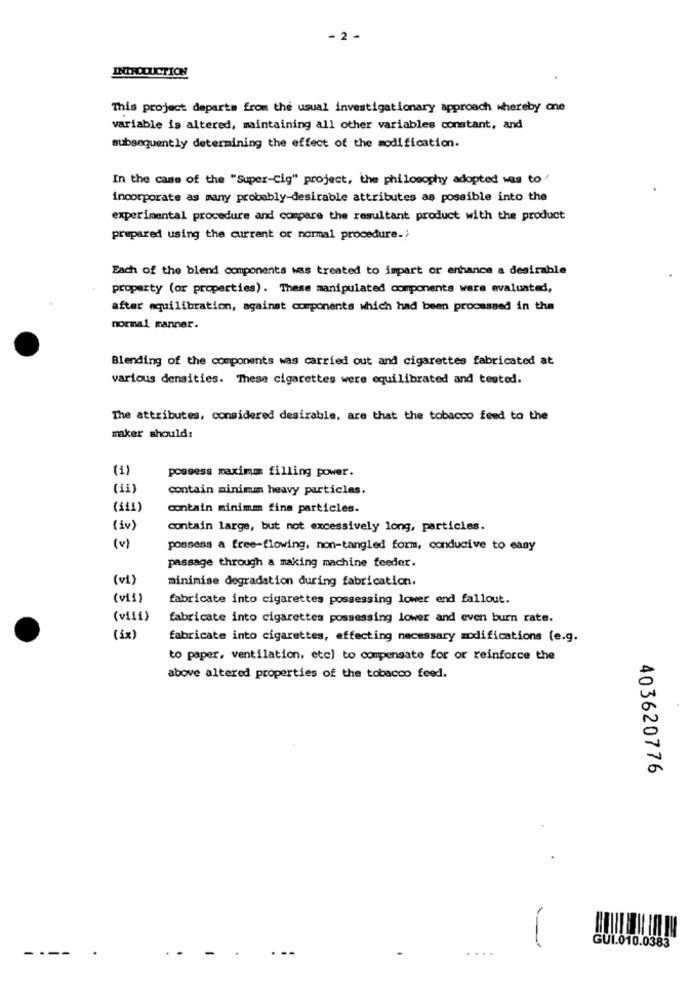
- 2 -
INTRODUCTION
This project departs from the usual investigationary approach whereby one
variable is altered, maintaining all other variables constant, and
subsequently determining the effect of the modification.
In the case of the "Super-Cig" project, the philosophy adopted was to'
incorporate as many probably-desirable attributes as possible into the
experimental procedure and compare the resultant product with the product
prepared using the current or normal procedure.'
Each of the blend components was treated to impart or enhance a desirable
property (or properties). These manipulated components wara evaluated,
after equilibration, against components which had been processed in the
normal manner.
Blending of the components was carried out and cigarettes fabricated at
various densities. These cigarettes were equilibrated and tested.
The attributes, considered desirable, are that the tobacco feud to the
maker should:
(1)
possess maximum filling power.
(11)
contain minimum heavy particles.
(111)
contain minimm fine particles.
(iv)
contain large, but not excessively long, particles.
(v)
possess a free-flowing, non-tangled form, conducive to easy
passage through a making machine feeder.
(vi)
minimise degradation during fabrication.
(vii)
fabricate into cigarettes possessing lower end fallout.
(viii)
fabricate into cigarettes possessing lower and even burn rate.
(ix)
fabricate into cigarettes, affecting necessary modifications (e.g.
to paper, ventilation, etc) to compensate for or reinforce the
above altered properties of the tobacco feed.
403620776
GUI.010.0383
----